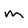
Character: M